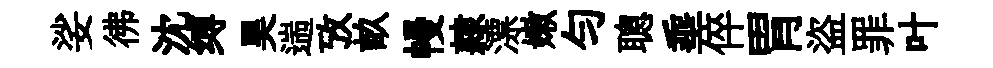
娑彿沈缚昊遄攷畝幔隷漂嫩匀聰埀倅胃盜罪叶